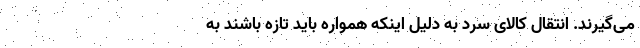
می‌گیرند. انتقال کالای سرد به دلیل اینکه همواره باید تازه باشند به